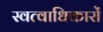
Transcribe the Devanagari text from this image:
स्वत्वाधिकारों